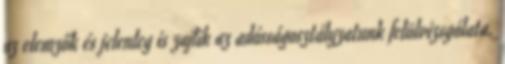
az elemzők és jelenleg is zajlik az adósságosztályzatunk felülvizsgálata.